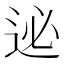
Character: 𨒜